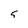
Character: 5